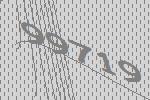
99719